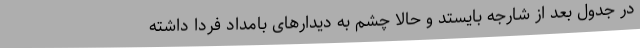
در جدول بعد از شارجه بایستد و حالا چشم به دیدارهای بامداد فردا داشته